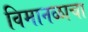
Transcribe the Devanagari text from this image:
विमानळाचा